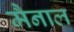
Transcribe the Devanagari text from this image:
मैनाल